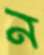
ন